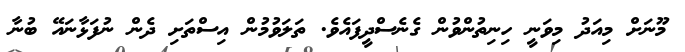
މޫނަށް މިއަދު މިވަނީ ހިނިތުންވުން ގެނެސްދީފައެވެ. ތަލަވުމުން އިސްތަށި ދެން ނުފަޅާނައޭ ބުނާ